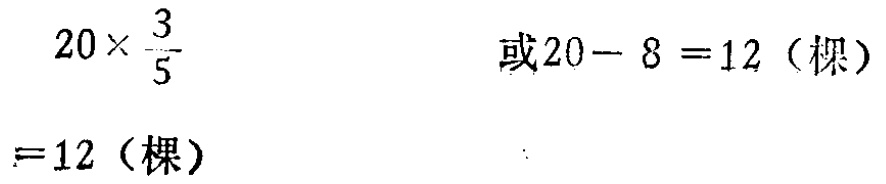
\[

\begin{align*}

20\times\frac{3}{5}&=12 \text{（棵）}\\

\text{或}20 - 8&=12 \text{（棵）}

\end{align*}

\]